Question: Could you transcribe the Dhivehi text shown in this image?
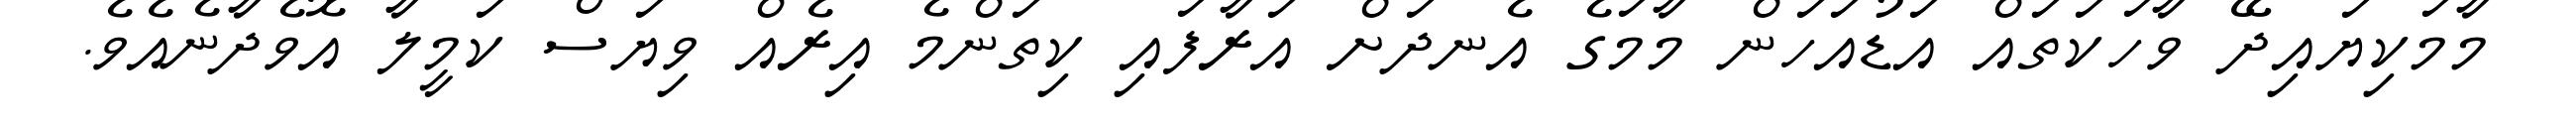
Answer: މާމަކިޔައިދޭ ވާހަކަތައް އަޑުއަހަން މާމަގެ އެނދަށް އަރާފައި ކިތަންމެ އިރެއް ވިޔަސް ކަމީލާ އޮވެދާނެއެވެ.